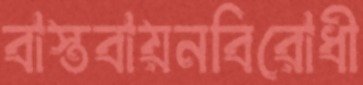
বাস্তবায়নবিরোধী